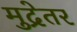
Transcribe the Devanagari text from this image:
मुद्रेतर